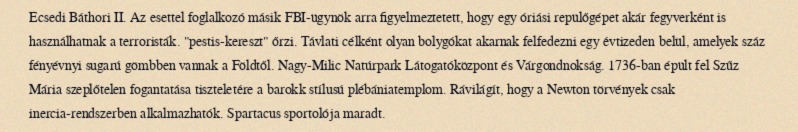
Ecsedi Báthori II. Az esettel foglalkozó másik FBI-ügynök arra figyelmeztetett, hogy egy óriási repülőgépet akár fegyverként is használhatnak a terroristák. "pestis-kereszt" őrzi. Távlati célként olyan bolygókat akarnak felfedezni egy évtizeden belül, amelyek száz fényévnyi sugarú gömbben vannak a Földtől. Nagy-Milic Natúrpark Látogatóközpont és Várgondnokság. 1736-ban épült fel Szűz Mária szeplőtelen fogantatása tiszteletére a barokk stílusú plébániatemplom. Rávilágít, hogy a Newton törvények csak inercia-rendszerben alkalmazhatók. Spartacus sportolója maradt.